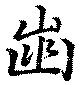
歯